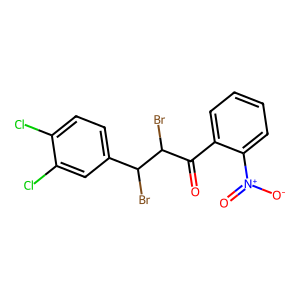
SMILES: O=C(c1ccccc1[N+](=O)[O-])C(Br)C(Br)c1ccc(Cl)c(Cl)c1
Inhibits HIV replication: No